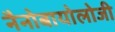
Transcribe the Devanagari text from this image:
नैनोबायोलोजी